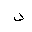
Letter: _dal